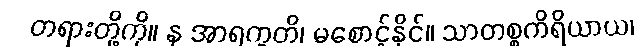
တရားတို့ကို။ န အာရက္ခတိ၊ မစောင့်နိုင်။ သာတစ္စကိရိယာယ၊